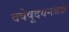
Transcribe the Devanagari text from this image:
वषेषूदयनश्चक्रे